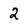
Character: 2